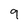
Character: 9